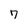
Character: 7